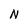
Character: N